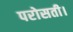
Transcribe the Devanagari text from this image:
परोसती।